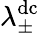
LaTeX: \lambda_{\pm}^{\mathrm{dc}}